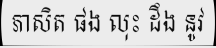
ភាសិត ផង លុះ ដឹង នូវ